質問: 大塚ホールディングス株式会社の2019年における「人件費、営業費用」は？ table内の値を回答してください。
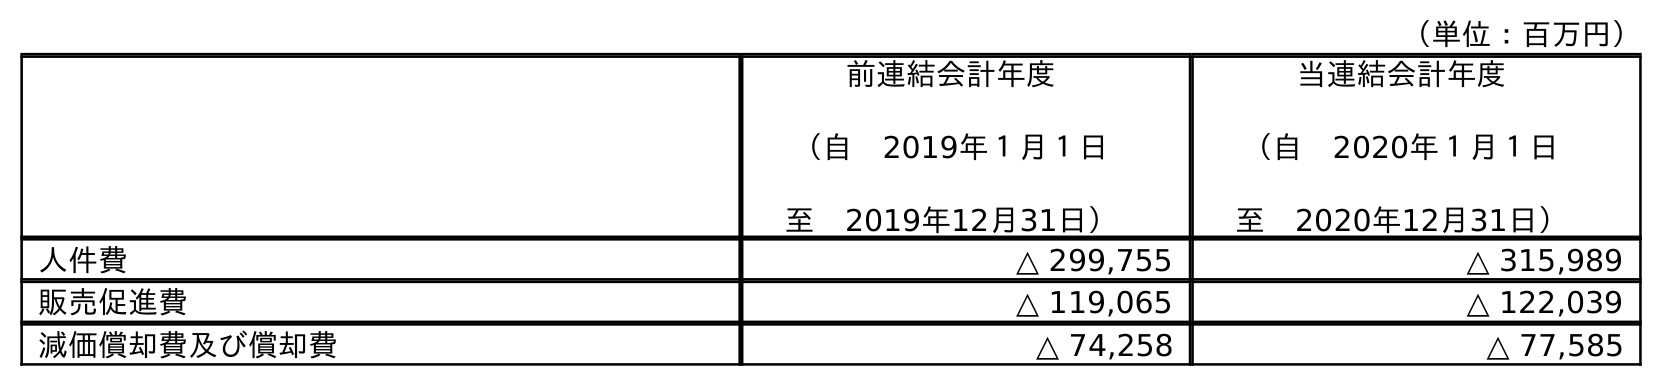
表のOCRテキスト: （単位：百万円） 前連結会計年度 （自 2019年１月１日 至 2019年12月31日） 当連結会計年度 （自 2020年１月１日 至 2020年12月31日） 人件費 △ 299,755 △ 315,989 販売促進費 △ 119,065 △ 122,039 減価償却費及び償却費 △ 74,258 △ 77,585
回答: △299,755